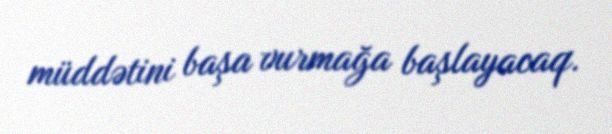
müddətini başa vurmağa başlayacaq.